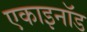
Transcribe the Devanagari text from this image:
एकाइनॉड